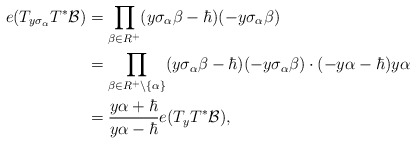
\begin{align*}e(T_{y\sigma_{\alpha}}T^*\mathcal{B})&=\prod\limits_{\beta\in R^+}(y\sigma_{\alpha}\beta-\hbar)(-y\sigma_{\alpha}\beta)\\&=\prod\limits_{\beta\in R^+\setminus \{\alpha\}}(y\sigma_{\alpha}\beta-\hbar)(-y\sigma_{\alpha}\beta)\cdot(-y\alpha-\hbar)y\alpha \\&=\frac{y\alpha+\hbar}{y\alpha-\hbar}e(T_yT^*\mathcal{B}),\end{align*}